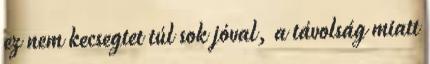
ez nem kecsegtet túl sok jóval, a távolság miatt